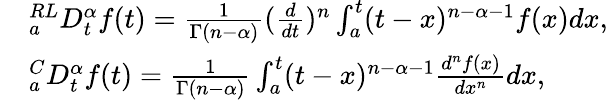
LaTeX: \begin{array}{rl}&{_{a}^{RL}D_{t}^{\alpha}f(t)=\frac{1}{\Gamma(n-\alpha)}(\frac{d}{dt})^{n}\int_{a}^{t}(t-x)^{n-\alpha-1}f(x)dx,}\\ &{_{a}^{C}D_{t}^{\alpha}f(t)=\frac{1}{\Gamma(n-\alpha)}\int_{a}^{t}(t-x)^{n-\alpha-1}\frac{d^{n}f(x)}{dx^{n}}dx,}\end{array}